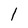
Character: 1